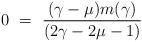
LaTeX: \begin{align*}0 ~=~ \frac{(\gamma-\mu)m(\gamma)}{(2\gamma-2\mu-1)}\end{align*}